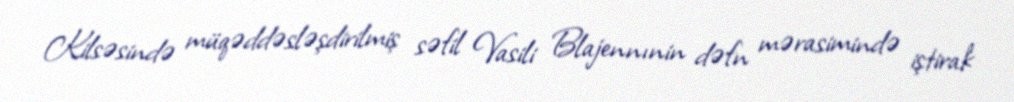
Kilsəsində müqəddəsləşdirilmiş səfil Vasili Blajennınin dəfn mərasimində iştirak